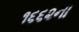
૧૬૬૨ના